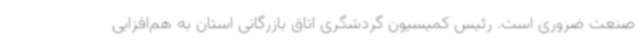
صنعت ضروری است. رئیس کمیسیون گردشگری اتاق بازرگانی استان به هم‌افزایی